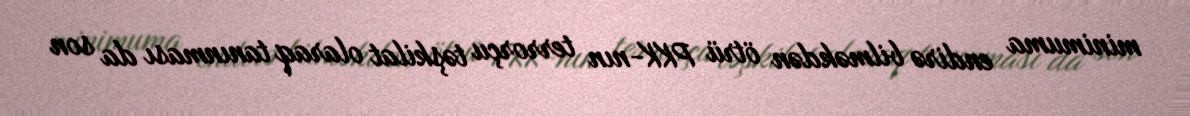
minimuma endirə bilməkdən ötrü PKK-nın terrorçu təşkilat olaraq tanınması da son